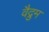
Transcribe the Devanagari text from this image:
वैद्रुम